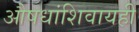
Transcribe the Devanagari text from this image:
औषधांशिवायही